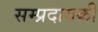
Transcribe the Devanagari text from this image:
सम्प्रदायकी